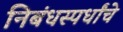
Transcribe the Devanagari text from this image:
निबंधस्पर्धांचे